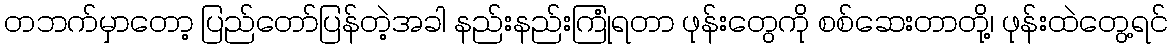
တဘက်မှာတော့ ပြည်တော်ပြန်တဲ့အခါ နည်းနည်းကြုံရတာ ဖုန်းတွေကို စစ်ဆေးတာတို့၊ ဖုန်းထဲတွေ့ရင်